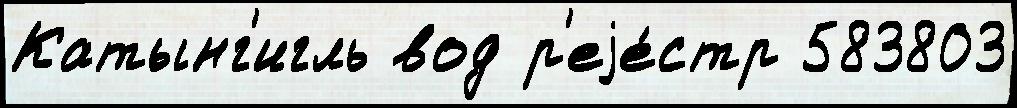
Катынг'игль вод р'еjе́стр 583803